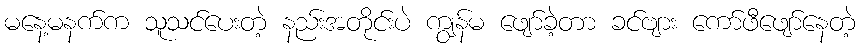
မနေ့မနက်က သူသင်ပေးတဲ့ နည်းအတိုင်းပဲ ကျွန်မ ဖျော်ခဲ့တာ ခင်ဗျား ကော်ဖီဖျော်နေတဲ့